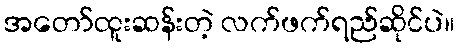
အတော်ထူးဆန်းတဲ့ လက်ဖက်ရည်ဆိုင်ပဲ။